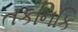
તકનિકિ